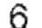
6